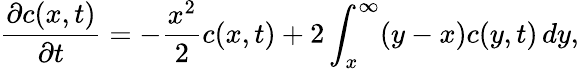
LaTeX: {\frac{\partial c(x,t)}{\partial t}}=-{\frac{x^{2}}{2}}c(x,t)+2\int_{x}^{\infty}(y-x)c(y,t)\, dy,